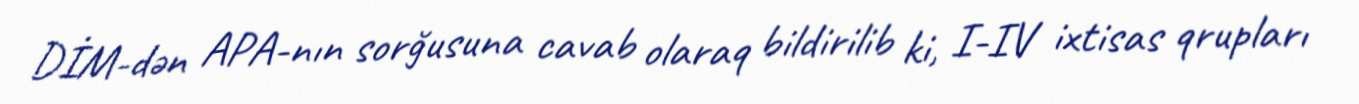
DİM-dən APA-nın sorğusuna cavab olaraq bildirilib ki, I-IV ixtisas qrupları